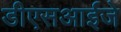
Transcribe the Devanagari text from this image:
डीएसआईजे